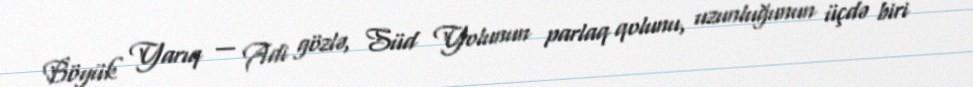
Böyük Yarıq — Adi gözlə, Süd Yolunun parlaq qolunu, uzunluğunun üçdə biri